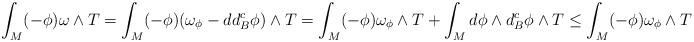
LaTeX: \begin{align*}\int_M (-\phi)\omega\wedge T=\int_M (-\phi) (\omega_\phi-dd^c_B\phi)\wedge T=\int_M (-\phi)\omega_\phi\wedge T+\int_M d\phi\wedge d^c_B \phi\wedge T\leq \int_M (-\phi)\omega_\phi\wedge T\end{align*}